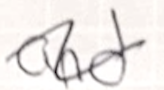
Text: and
Cross-out: wave
Writing tool: ballpoint